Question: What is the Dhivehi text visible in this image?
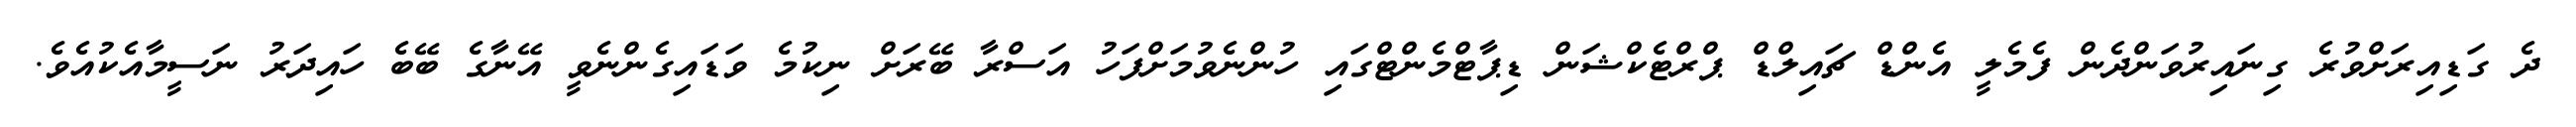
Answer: ދެ ގަޑިއިރަށްވުރެ ގިނައިރުވަންދެން ފެމެލީ އެންޑް ޗައިލްޑް ޕްރްޓެކްޝަން ޑިޕާޓްމެންޓްގައި ހުންނެވުމަށްފަހު އަސްރާ ބޭރަށް ނިކުމެ ވަޑައިގެންނެވީ އޭނާގެ ބޭބެ ހައިދަރު ނަސީމާއެކުއެވެ.